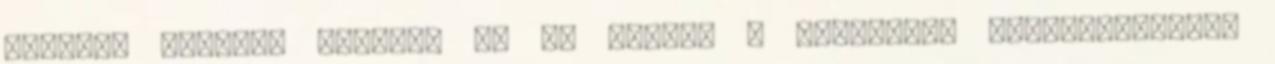
tinnyei malmába menjen, és ne merjék a barátokat megkárosítani.